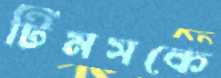
টিমসকে